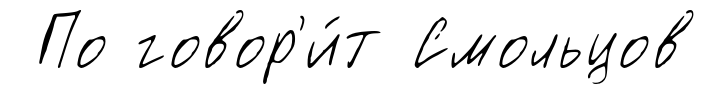
По говор'и́т Смольцов